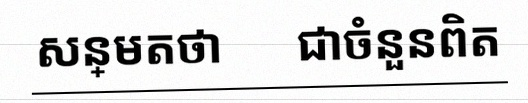
សន្មតថា x ជាចំនួនពិត